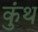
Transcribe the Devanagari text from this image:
कुंथ